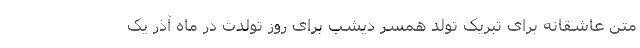
متن عاشقانه برای تبریک تولد همسر دیشب برای روز تولدت در ماه آذر یک